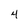
Character: 4